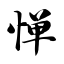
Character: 惮